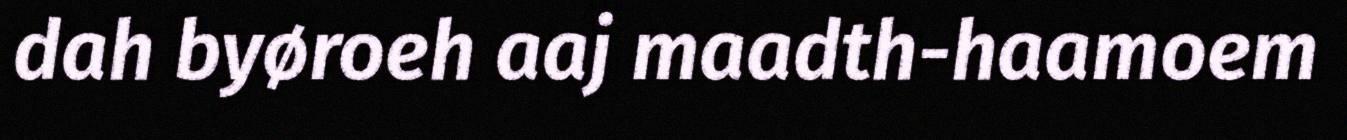
dah byøroeh aaj maadth-haamoem